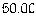
50.00